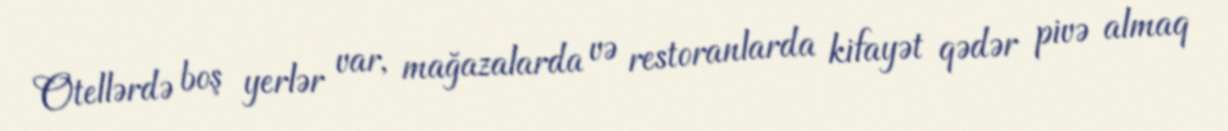
Otellərdə boş yerlər var, mağazalarda və restoranlarda kifayət qədər pivə almaq